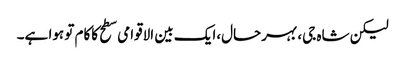
لیکن شاہ جی، بہرحال،ایک بین الاقوامی سطح کاکام تو ہوا ہے۔